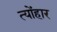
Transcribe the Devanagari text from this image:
त्योंहार